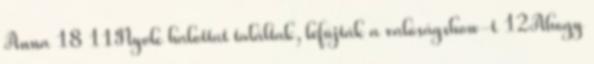
Anna 18 11Nyolc halottat találtak, lefújták a valóságshow-t 12Ahogy